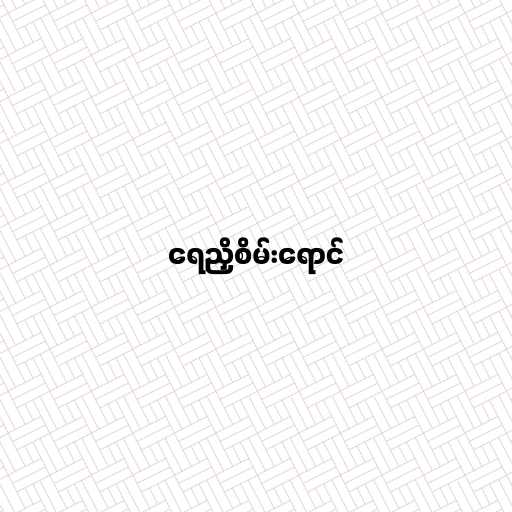
ရေညှိစိမ်းရောင်